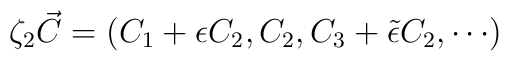
\zeta_2 \vec{C} = (C_1 + \epsilon C_2, C_2, C_3+ \tilde{\epsilon} C_2, \cdots)